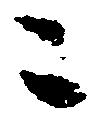
々